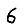
Digit: 6